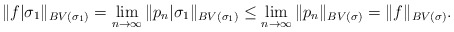
\begin{align*}\|f|\sigma_1\|_{BV(\sigma_1)} = \lim_{n\to\infty}\|p_n|\sigma_1\|_{BV(\sigma_1)} \leq \lim_{n\to\infty}\|p_n\|_{BV(\sigma)} = \|f\|_{BV(\sigma)}.\end{align*}